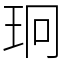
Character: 㺾